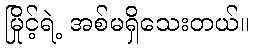
မြိုင့်ရဲ့ အစ်မရှိသေးတယ်။